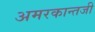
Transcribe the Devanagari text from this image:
अमरकान्तजी